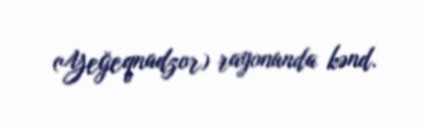
(Yeğeqnadzor) rayonunda kənd.